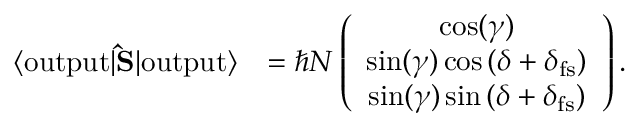
\begin{array} { r l } { \langle \mathrm { o u t p u t } | { \bf \hat { S } } | \mathrm { o u t p u t } \rangle } & { = \hbar N \left( \begin{array} { c } { \cos ( \gamma ) } \\ { \sin ( \gamma ) \cos \left( \delta + \delta _ { \mathrm { f s } } \right) } \\ { \sin ( \gamma ) \sin \left( \delta + \delta _ { \mathrm { f s } } \right) } \end{array} \right) . } \end{array}